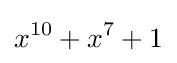
x^{10}+x^{7}+1